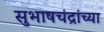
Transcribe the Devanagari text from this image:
सुभाषचंद्रांच्या